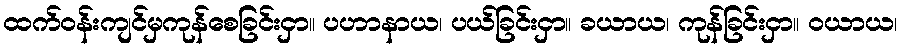
ထက်ဝန်းကျင်မှကုန်စေခြင်းငှာ။ ပဟာနာယ၊ ပယ်ခြင်းငှာ။ ခယာယ၊ ကုန်ခြင်းငှာ။ ဝယာယ၊